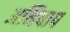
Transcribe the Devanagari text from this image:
अभिषाप